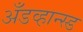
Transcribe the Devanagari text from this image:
अँडव्हान्स्ड